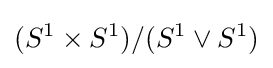
(S^{1}\times S^{1})/(S^{1}\vee S^{1})